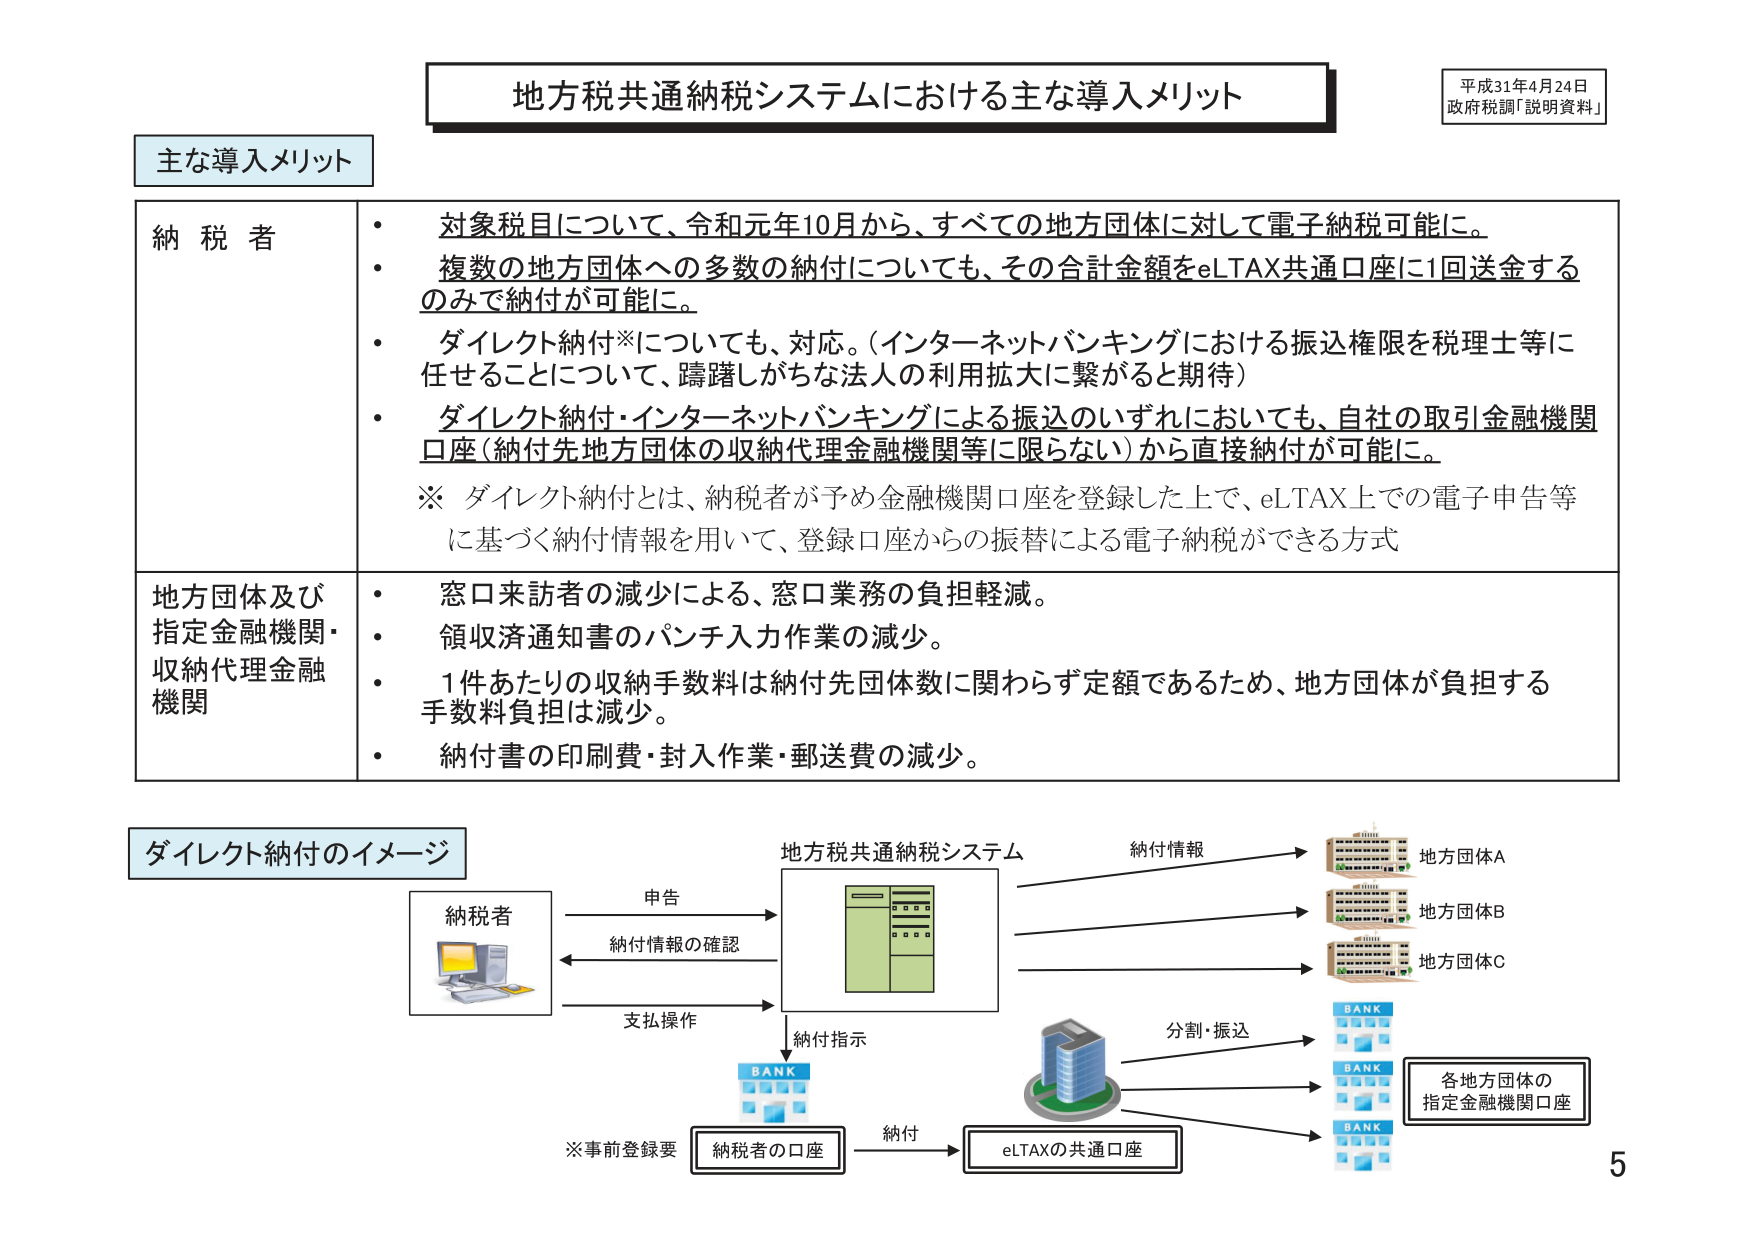
地方税共通納税システムにおける主な導入メリット

平成31年4月24日
政府税調「説明資料」

主な導入メリット

納税者
・対象税目について、令和元年10月から、すべての地方団体に対して電子納税可能に。
・複数の地方団体への多数の納付についても、その合計金額をeLTAX共通口座に1回送金するのみで納付が可能に。
・ダイレクト納付※についても、対応。（インターネットバンキングにおける振込権限を税理士等に任せることについて、躊躇しがちな法人の利用拡大に繋がると期待）
・ダイレクト納付・インターネットバンキングによる振込のいずれにおいても、自社の取引金融機関口座（納付先地方団体の収納代理金融機関等に限らない）から直接納付が可能に。

※ ダイレクト納付とは、納税者が予め金融機関口座を登録した上で、eLTAX上での電子申告等に基づく納付情報を用いて、登録口座からの振替による電子納税ができる方式

地方団体及び指定金融機関・収納代理金融機関
・窓口来訪者の減少による、窓口業務の負担軽減。
・領収済通知書のパンチ入力作業の減少。
・1件あたりの収納手数料は納付先団体数に関わらず定額であるため、地方団体が負担する手数料負担は減少。
・納付書の印刷費・封入作業・郵送費の減少。

ダイレクト納付のイメージ

納税者
→ 申告 → 地方税共通納税システム
← 納付情報の確認 ←
→ 支払操作 → 納付指示 → eLTAXの共通口座 → 納付

※事前登録要 納税者の口座

納付情報
→ 地方団体A
→ 地方団体B
→ 地方団体C

分割・振込
→ 各地方団体の指定金融機関口座

BANK
BANK
BANK

5